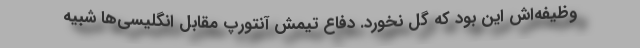
وظیفه‌اش این بود که گل نخورد. دفاع تیمش آنتورپ مقابل انگلیسی‌ها شبیه